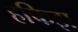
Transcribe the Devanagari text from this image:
हफिझ